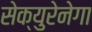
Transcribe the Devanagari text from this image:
सेक्युरेनेगा